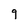
Character: 9